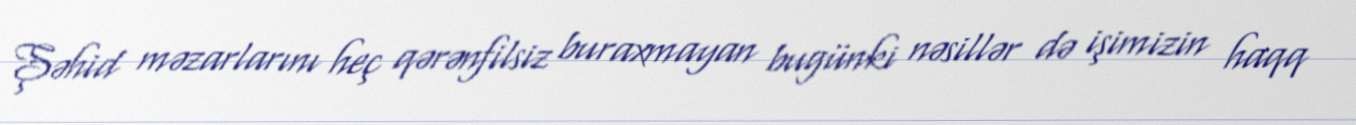
Şəhid məzarlarını heç qərənfilsiz buraxmayan bugünki nəsillər də işimizin haqq